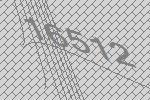
16512